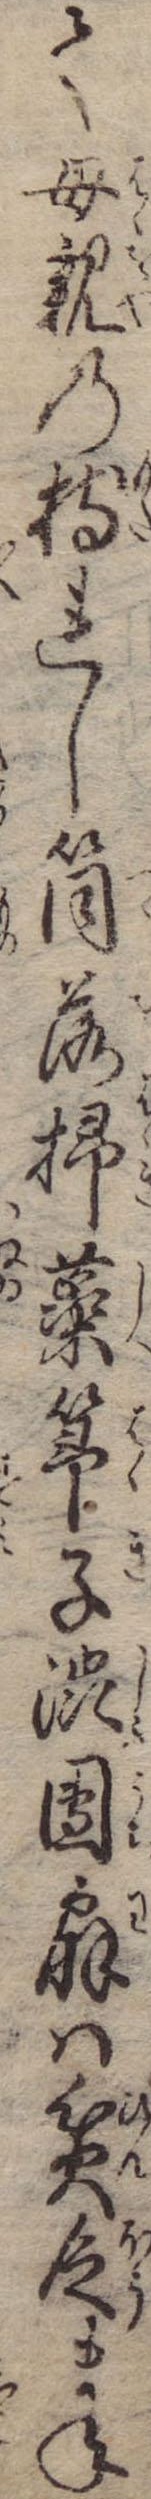
て母親の持れし筒落掃蕊箒子渋団扇は貧乏まね